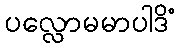
ပလ္လောမမာပါဒိံ